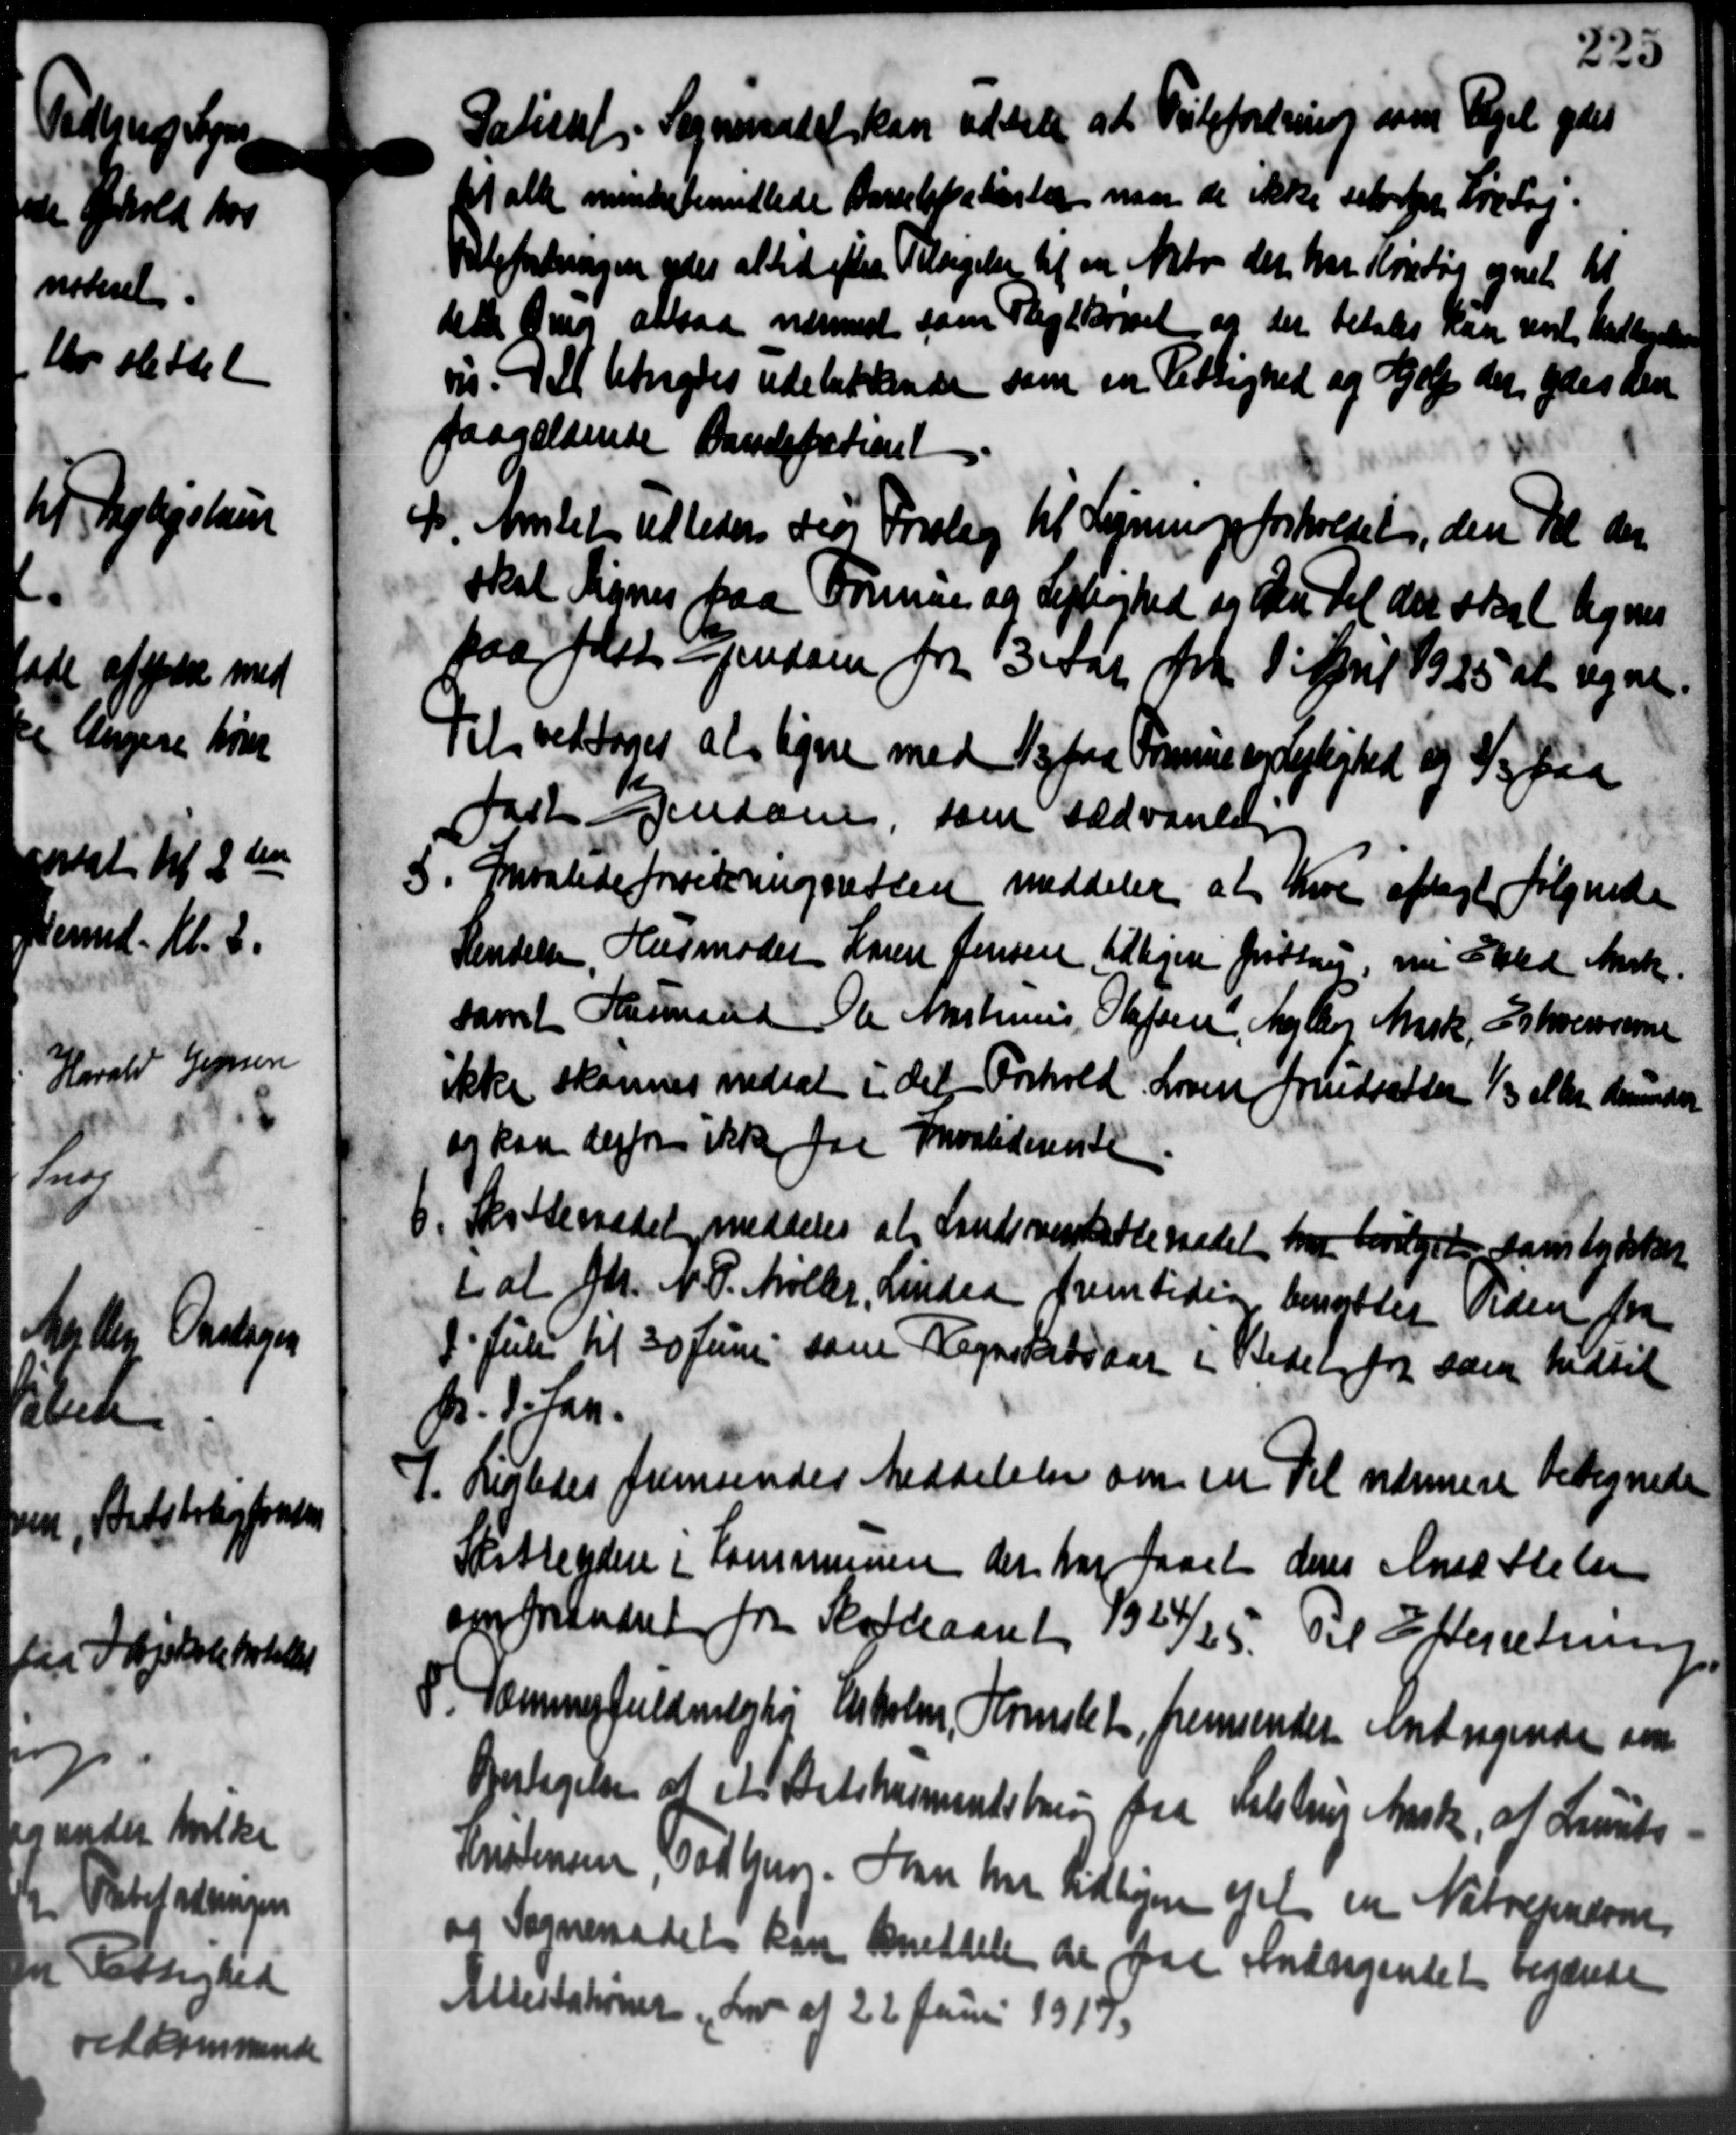
Transskription:
Patical Sogneraadet kan uddele at Tilforening som Regel ydes
t alle minder bemidlede Barnbefalester maa de ikke set fra Fredag.
Velefordringen yder altid efter Tilsigelse til en Aktor der har Kvartog egnet til
dette Omg altsaa nærmest som Pligtkørsel og der betales kan senet Medlegele
vis. I et Udrydes udelukkende som en Tettighed og Hjælp der ydes den
paagældende Bandstationt
I Amtet tilleder dets Forslag til Ligningsforholdet, den Del der
I Amtet tilleder dets Forslag til Ligningsforholdet, den Del der
skal lignes paa Formue og Lejlighed og Skur til der skal lignes
paa fast - jendsen fra 3 Aar frk. 1' April 1925 at regne
til vedtoges at ligne med 12 fra Friseralsted og 1/3 paa
fast Ejendom, som sædvanlig
5. Invalideforsikringsretten meddeler at Kur optaget følgende
5. Invalideforsikringsretten meddeler at Kur optaget følgende
Kendelsen, Husmoder Karen Jensen, tidligere Grøttrup, nu skled Ansk.
samt Husmand Ole Martinsen Opføren Maler Mark, Chresserne
ikke skønnes nedsat i det Forhold. Loven forudsætter 1/3 eller denneder
og kan derfor ikke faa Invaliderente.
6. Skatteraadet meddeles at Landsoverskoleradet har borderet, Dans tydsk
6. Skatteraadet meddeles at Landsoverskoleradet har borderet, Dans tydsk
i at fr. N. P. Møller, Lindaa fremtidig benyttes Tiden fra
1' Juli til 30 Juni som Regnskabsaar i Bedel for som hidtil
Øs. Istan.
1. Ligledes fremsender Meddelelse om en Til nærmere betegnede
Skatteydere i Kommunen der har faaet dens Ansættelsen
omforandret fra Katteaaret 1924/25. Til Efterretning
8. Sammerfuldmlghøj Eiholer, Komslet, fremsender Andragende om
Oertagelse af et Artikumentsbring fra Kalstrup Ansk, at Laurits
Kristensen, Todbjer. Han har tidligere ejet en Natrepræsen
og Sogneraadet kan meddele de paa Andragendet regende
Attestationer Lov af 22 Juni 1917